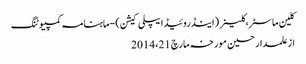
کلین ماسٹر،کلینر (اینڈروئیڈ ایپلی کیشن) - ماہنامہ کمپیوٹنگ
از علمدار حسین	 مورخہ مارچ 21، 2014